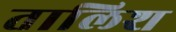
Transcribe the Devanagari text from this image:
तालिश